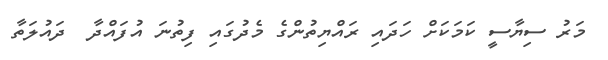
މަރު ސިޔާސީ ކަމަކަށް ހަދައި ރައްޔިތުންގެ މެދުގައި ފިތުނަ އުފައްދާ  ދައުލަތާ